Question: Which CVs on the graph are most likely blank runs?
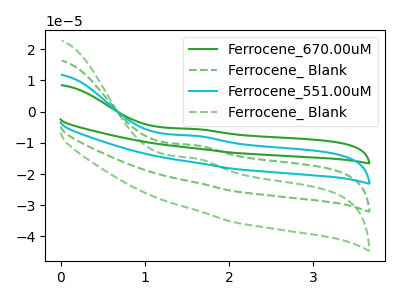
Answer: <think>The green curve "Ferrocene_670.00uM" has an anodic peak at: (1.60V, -32.25uA). The green dashed curve "Ferrocene_ Blank" has an anodic peak at: (1.60V, -10.75uA). The cyan curve "Ferrocene_551.00uM" has an anodic peak at: (1.60V, -21.50uA). The green dashed curve "Ferrocene_ Blank" has an anodic peak at: (1.60V, -14.95uA).</think>
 <answer>There are not any CV's on this graph that are likely to be blanks.</answer>
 <eval>none</eval>